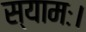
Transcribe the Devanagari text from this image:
स्यामः।